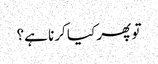
تو پھر کیا کرنا ہے؟